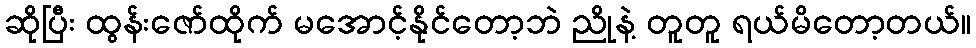
ဆိုပြီး ထွန်းဇော်ထိုက် မအောင့်နိုင်တော့ဘဲ ညိုနဲ့ တူတူ ရယ်မိတော့တယ်။